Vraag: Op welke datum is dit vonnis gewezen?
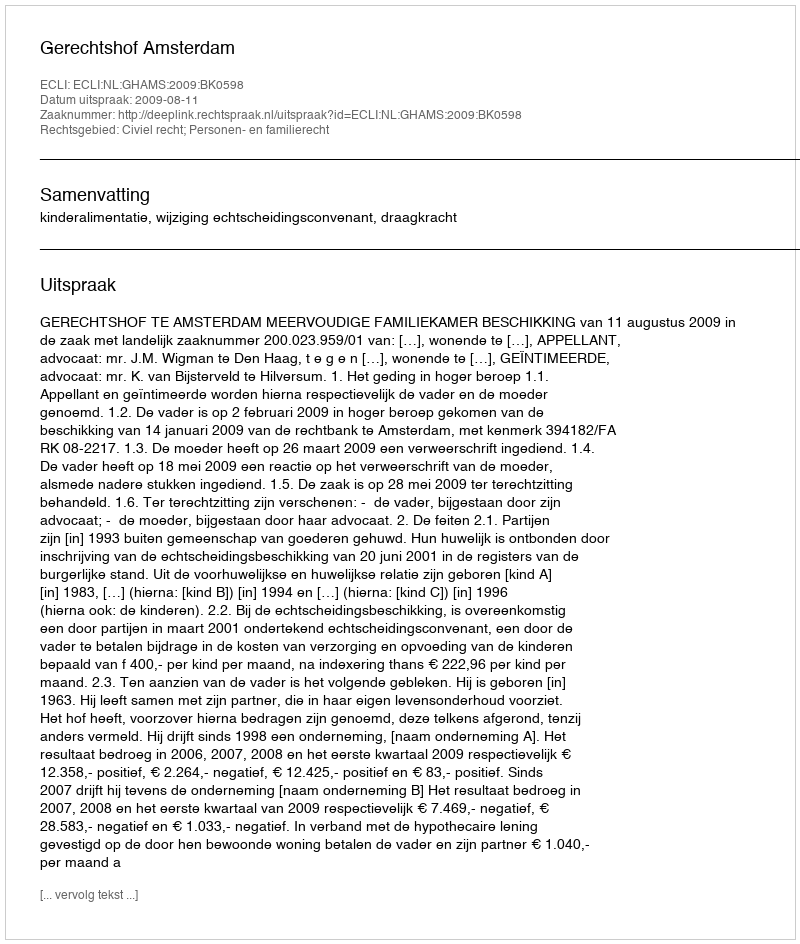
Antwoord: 2009-08-11